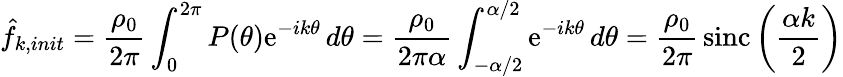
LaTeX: \hat{f}_{k,init}={\frac{\rho_{0}}{2\pi}}\int_{0}^{2\pi}P(\theta)\mathrm{e}^{-ik\theta}\, d\theta={\frac{\rho_{0}}{2\pi\alpha}}\int_{-\alpha/2}^{\alpha/2}\mathrm{e}^{-ik\theta}\, d\theta={\frac{\rho_{0}}{2\pi}}\, \mathrm{sinc}\left({\frac{\alpha k}{2}}\right)